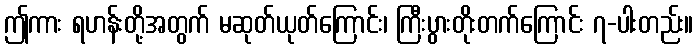
ဤကား ရဟန်းတို့အတွက် မဆုတ်ယုတ်ကြောင်း၊ ကြီးပွားတိုးတက်ကြောင်း ၇-ပါးတည်း။